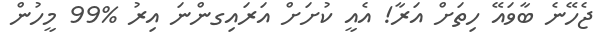
ޖެހޭނެ ބާވައޭ ހިތަށް އަރާ! އެއީ ކުށަށް އަރައިގންނަ އިރު %99 މީހުން